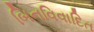
બિનવિવાદિત